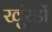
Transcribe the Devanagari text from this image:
खुंरडों